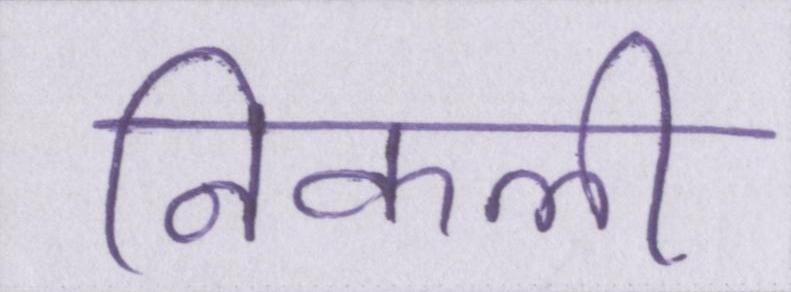
निकली